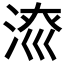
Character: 𱦱